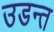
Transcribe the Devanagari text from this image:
उडन्त